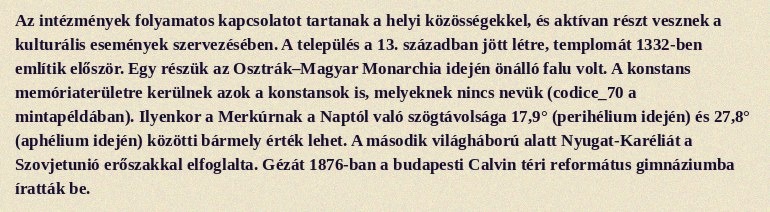
Az intézmények folyamatos kapcsolatot tartanak a helyi közösségekkel, és aktívan részt vesznek a kulturális események szervezésében. A település a 13. században jött létre, templomát 1332-ben említik először. Egy részük az Osztrák–Magyar Monarchia idején önálló falu volt. A konstans memóriaterületre kerülnek azok a konstansok is, melyeknek nincs nevük (codice_70 a mintapéldában). Ilyenkor a Merkúrnak a Naptól való szögtávolsága 17,9° (perihélium idején) és 27,8° (aphélium idején) közötti bármely érték lehet. A második világháború alatt Nyugat-Karéliát a Szovjetunió erőszakkal elfoglalta. Gézát 1876-ban a budapesti Calvin téri református gimnáziumba íratták be.